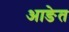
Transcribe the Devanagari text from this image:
आङेत